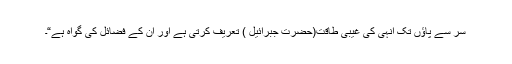
سر سے پاؤں تک انہی کی غیبی طاقت(حضرتِ جبرائیل ) تعریف کرتی ہے اور ان کے فضائل کی گواہ ہے“۔